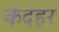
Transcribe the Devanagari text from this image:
कंदहर